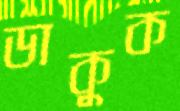
ডাকুক